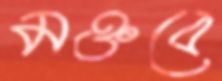
মক্তবে